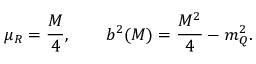
\mu _ { R } = \frac { M } { 4 } , \qquad b ^ { 2 } ( M ) = \frac { M ^ { 2 } } { 4 } - m _ { Q } ^ { 2 } .